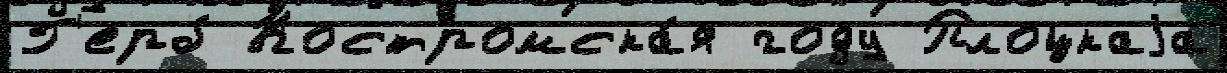
Г'ерб Костромска́я году Плоцкаjа